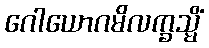
ဂေါယောဂမိလက္ခသ္မိံ